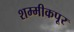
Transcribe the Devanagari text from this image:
शम्मीकपूर